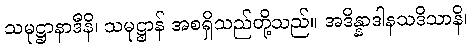
သမုဋ္ဌာနာဒီနိ၊ သမုဋ္ဌာန် အစရှိသည်တို့သည်။ အဒိန္နာဒါနသဒိသာနိ၊